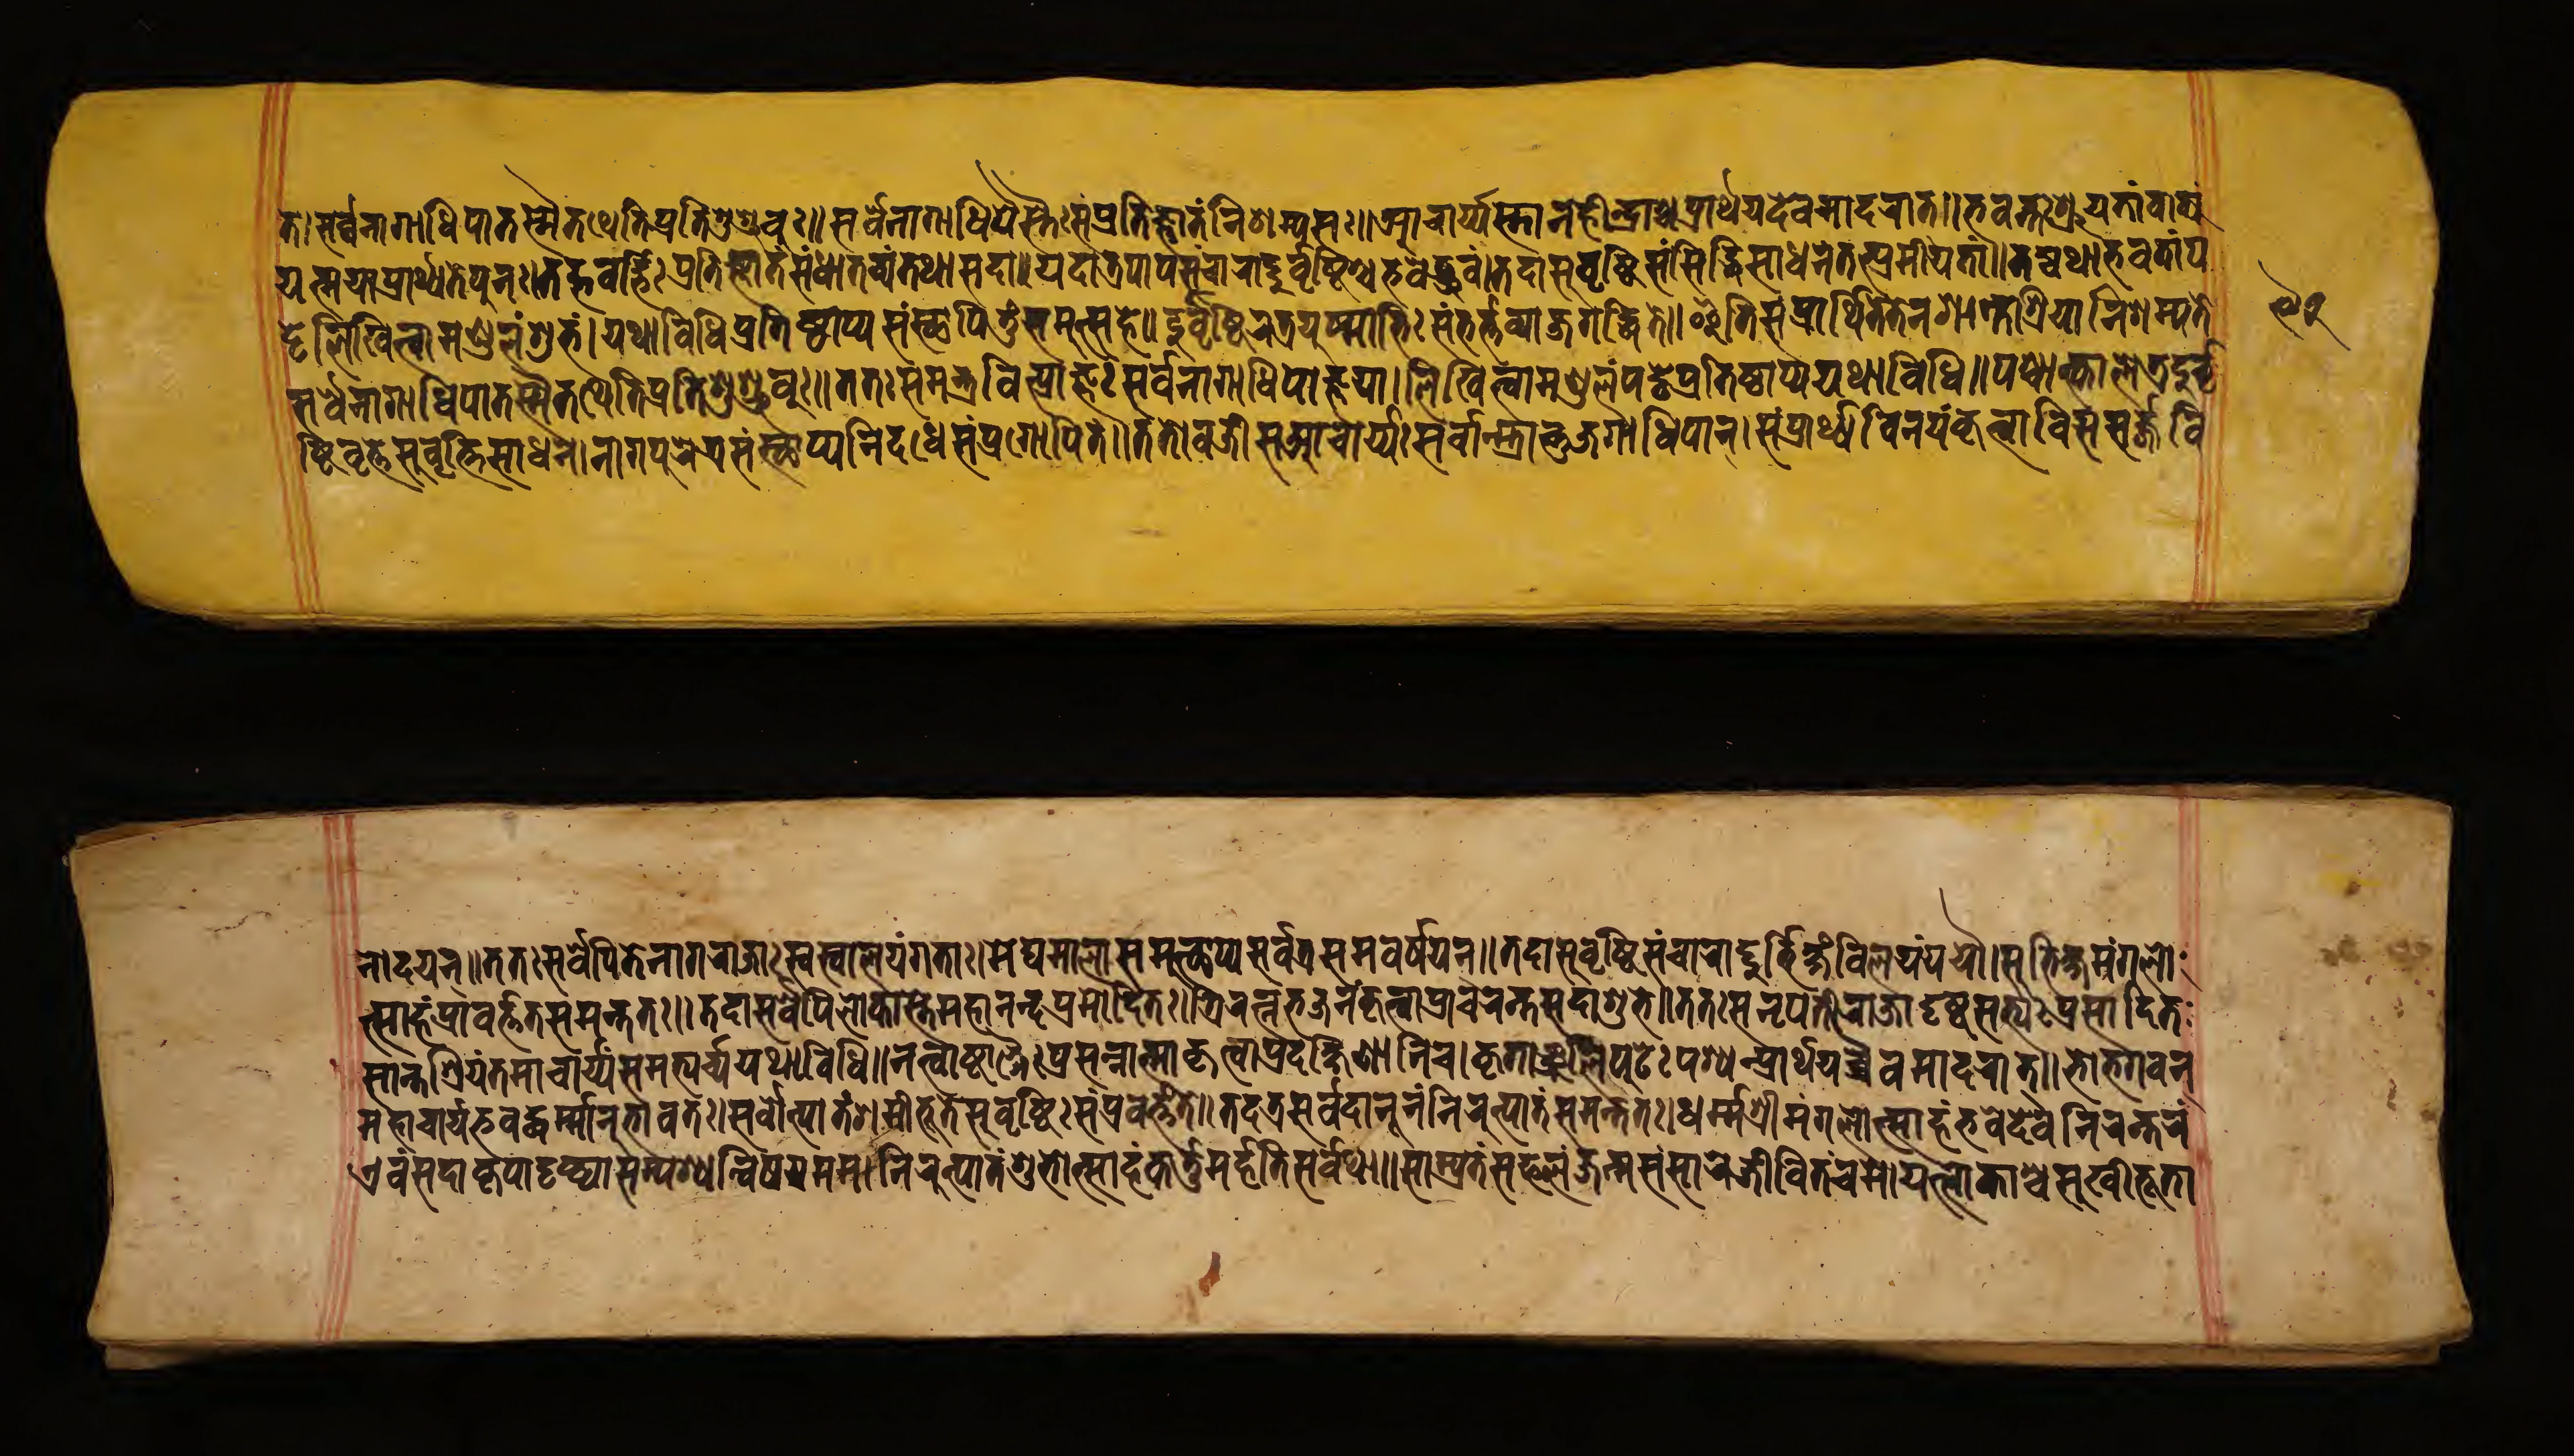
𑐟𑐾𑑋𑐳𑐬𑑂𑐰𑑂𑐰𑐣𑐵𑐐𑐵𑐢𑐶𑐥𑐵𑐟𑐳𑑂𑐩𑐿𑐟𑐠𑐾𑐟𑐶𑐥𑑂𑐬𑐟𑐶𑐱𑐸𑐱𑑂𑐬𑐸𑐰𑐸𑑅𑑌𑐳𑐬𑑂𑐰𑐾𑐣𑐵𑐐𑐵𑐢𑐶𑐥𑐿𑐳𑑂𑐟𑐿𑑅𑐳𑐩𑑂𑐥𑑂𑐬𑐟𑐶𑐖𑑂𑐘𑐵𑐟𑑄𑐣𑐶𑐱𑑂𑐩𑑂𑐫𑐳𑑅𑑋𑐁𑐔𑐵𑐬𑑂𑐫𑐳𑑂𑐟𑐵𑐣𑐴𑐷𑐣𑑂𑐡𑑂𑐬𑐵𑑄𑐱𑑂𑐔𑐥𑑂𑐬𑐵𑐬𑑂𑐠𑐫𑐾𑐡𑐾𑐰𑐩𑐵𑐡𑐬𑐵𑐟𑑂𑑌𑐨𑐰𑐣𑑂𑐟𑑅𑐱𑑂𑐬𑐹𑐫𑐟𑐵𑑄𑐰𑐵𑐎𑑂𑐫𑑄 𑐫𑐟𑑂𑐩𑐫𑐵𑐥𑑂𑐬𑐵𑐬𑑂𑐠𑑂𑐫𑐟𑐾𑐥𑐸𑐣𑑅𑑋𑐟𑐡𑑂𑐨𑐰𑐡𑑂𑐨𑐶𑑅𑐥𑑂𑐬𑐟𑐶𑐖𑑂𑐘𑐵𑐟𑑄𑐳𑑄𑐢𑐵𑐟𑐰𑑂𑐫𑑄𑐟𑐠𑐵𑐳𑐡𑐵𑑌𑐫𑐡𑐵𑐟𑑂𑐬𑐥𑐵𑐥𑐳𑑄𑐔𑐵𑐬𑐵𑐡𑑂𑐡𑐸𑐬𑑂𑐰𑐲𑑂𑐚𑐶𑐱𑑂𑐔𑐨𑐰𑐾𑐡𑑂𑐢𑑂𑐬𑐸𑐰𑑄𑑋𑐟𑐡𑐵𑐳𑐸𑐰𑐺𑐲𑑂𑐚𑐶𑐳𑑄𑐳𑐶𑐡𑑂𑐢𑐶𑐬𑑂𑐳𑐵𑐢𑐣𑑄𑐟𑐟𑑂𑐥𑑂𑐬𑐣𑐷𑐫𑐟𑐵𑑄𑑌𑐟𑐡𑑂𑐫𑐠𑐵𑐨𑐰𑐟𑐵𑑄𑐥 𑐳𑐬𑑂𑐰𑐣𑐵𑐐𑐵𑐢𑐶𑐥𑐵𑐳𑑂𑐟𑐳𑑂𑐩𑐿𑐟𑐠𑐾𑐟𑐶𑐥𑑂𑐬𑐟𑐶𑐱𑐸𑐱𑑂𑐬𑐸𑐰𑐸𑑅𑑌𑐟𑐟𑑅𑐳𑐩𑐣𑑂𑐟𑑂𑐬𑐰𑐶𑐟𑑂𑐥𑑂𑐬𑐵𑐖𑑂𑐘𑑅𑐳𑐬𑑂𑐰𑐣𑐵𑐐𑐵𑐢𑐶𑐥𑐵𑐖𑑂𑐘𑐫𑐵𑑋𑐮𑐶𑐏𑐶𑐟𑑂𑐰𑐵𑐩𑐞𑑂𑐜𑐮𑑄𑐥𑐚𑑂𑐚𑐾𑐥𑑂𑐬𑐟𑐶𑐲𑑂𑐛𑐵𑐥𑑂𑐫𑐫𑐠𑐵𑐰𑐶𑐢𑐶𑑌𑐥𑐱𑑂𑐔𑐵𑐟𑑂𑐎𑐵𑐮𑐾𑐟𑑂𑐬𑐡𑐸𑐬𑑂𑐰𑐺 𑐚𑑂𑐚𑐾𑐮𑐶𑐏𑐶𑐟𑑂𑐰𑐵𑐩𑐞𑑂𑐜𑐮𑑄𑐱𑐸𑐨𑑄𑑋𑐫𑐠𑐵𑐰𑐶𑐢𑐶𑐥𑑂𑐬𑐟𑐶𑐲𑑂𑐛𑐵𑐥𑑂𑐫𑐳𑑄𑐳𑑂𑐠𑐵𑐥𑐶𑐟𑐸𑑄𑐳𑐩𑐸𑐟𑑂𑐳𑐴𑐾𑑌𑐳𑐸𑐰𑐺𑐲𑑂𑐚𑐶𑐬𑐟𑑂𑐬𑐫𑐸𑐲𑑂𑐩𑐵𑐨𑐶𑑅𑐳𑑄𑐨𑐬𑑂𑐟𑑂𑐟𑐰𑑂𑐫𑐵𑐖𑐐𑐡𑑂𑐢𑐶𑐟𑐾𑑌𑐂𑐟𑐶𑐳𑑄𑐥𑑂𑐬𑐵𑐬𑑂𑐠𑐶𑐟𑐾𑐟𑐾𑐣𑐱𑐵𑐣𑑂𑐟𑐱𑑂𑐬𑐶𑐫𑐵𑐣𑐶𑐱𑐩𑑂𑐫𑐟𑐾 𑐲𑑂𑐚𑐶𑐰𑐺𑐟𑑂𑐟𑐾𑐳𑐸𑐰𑐺𑐲𑑂𑐚𑐶𑐳𑐵𑐢𑐣𑐾𑑋𑐣𑐵𑐐𑐥𑐸𑐬𑐾𑐟𑑂𑐬𑐳𑑄𑐳𑑂𑐠𑐵𑐥𑑂𑐫𑐣𑐶𑐬𑑂𑐡𑐐𑑂𑐢𑐳𑑄𑐥𑑂𑐬𑐐𑑀𑐥𑐶𑐟𑑄𑑌𑐟𑐟𑑀𑐰𑐖𑑂𑐬𑐷𑐳𑐁𑐔𑐵𑐬𑑂𑐫𑑅𑐳𑐬𑑂𑐰𑐵𑐣𑑂𑐳𑑂𑐟𑐵𑐣𑑂𑐨𑐸𑐖𑐐𑐵𑐢𑐶𑐥𑐵𑐣𑑂𑑋𑐳𑑄𑐥𑑂𑐬𑐵𑐬𑑂𑐠𑑂𑐫𑐰𑐶𑐣𑐫𑑄𑐎𑐺𑐟𑑂𑐰𑐵𑐰𑐶𑐳𑐳𑐬𑑂𑐖𑑂𑐖𑐰𑐶 𑐣𑑀𑐡𑐫𑐣𑑂𑑌𑐟𑐟𑑅𑐳𑐬𑑂𑐰𑐾𑐥𑐶𑐟𑐾𑐣𑐵𑐐𑐬𑐵𑐖𑐵𑑅𑐳𑑂𑐰𑐳𑑂𑐰𑐵𑐮𑐫𑑄𑐐𑐟𑐵𑑅𑑋𑐩𑐾𑐑𑐩𑐵𑐮𑐵𑑄𑐳𑐩𑐸𑐟𑑂𑐠𑐵𑐥𑑂𑐫𑐳𑐬𑑂𑐰𑐟𑑂𑐬𑐳𑐩𑐰𑐬𑑂𑐲𑐫𑐣𑑂𑑌𑐟𑐡𑐵𑐳𑐸𑐰𑐺𑐲𑑂𑐚𑐶𑐳𑑄𑐔𑐵𑐬𑐵𑐡𑑂𑐡𑐸𑐬𑑂𑐨𑐶𑐎𑑂𑐲𑑄𑐰𑐶𑐮𑐫𑑄𑐫𑐫𑑁𑑋𑐳𑐸𑐨𑐶𑐎𑑂𑐲𑐩𑑄𑐐𑐮𑑀 𑐟𑑂𑐳𑐵𑐴𑑄𑐥𑑂𑐬𑐵𑐰𑐬𑑂𑐟𑑂𑐟𑐟𑐳𑐩𑐣𑑂𑐟𑐟𑑅𑑌𑐟𑐡𑐵𑐳𑐬𑑂𑐰𑐾𑐥𑐶𑐮𑑀𑐎𑐵𑐳𑑂𑐟𑐾𑐩𑐴𑐵𑐣𑐣𑑂𑐡𑐥𑑂𑐬𑐩𑑀𑐡𑐶𑐟𑑅𑑋𑐟𑑂𑐬𑐶𑐬𑐟𑑂𑐣𑐨𑐖𑐣𑑄𑐎𑐺𑐟𑑂𑐰𑐵𑐥𑑂𑐬𑐵𑐔𑐬𑐣𑑂𑐟𑐳𑐡𑐵𑐱𑐸𑐨𑐾𑑌𑐟𑐟𑑅𑐳𑐣𑐺𑐥𑐟𑐶𑐬𑐵𑐖𑐵𑐡𑐺𑐲𑑂𑐚𑐳𑐟𑑂𑐫𑑅𑐥𑑂𑐬𑐳𑐵𑐡𑐶𑐟 𑐳𑐵𑐣𑑂𑐟𑐶𑐱𑑂𑐬𑐶𑐫𑑄𑐟𑐩𑐵𑐔𑐵𑐬𑑂𑐫𑑄𑐳𑐩𑐨𑑂𑐫𑐬𑑂𑐔𑑂𑐫𑐫𑐠𑐵𑐰𑐶𑐢𑐶𑑌𑐣𑐟𑑂𑐰𑐵𑐲𑑂𑐚𑐵𑐒𑑂𑐐𑐿𑑅𑐥𑑂𑐬𑐳𑐣𑑂𑐣𑐵𑐟𑑂𑐩𑐵𑐎𑐺𑐟𑑂𑐰𑐵𑐥𑑂𑐬𑐡𑐎𑑂𑐲𑐶𑐞𑐵𑐣𑐶𑐔𑑋𑐎𑐺𑐟𑐵𑐘𑑂𑐖𑐮𑐶𑐥𑐸𑐚𑑅𑐥𑐱𑑂𑐫𑐣𑑂𑐥𑑂𑐬𑐵𑐬𑑂𑐠𑐫𑐔𑑂𑐔𑐿𑐰𑐩𑐵𑐡𑐬𑐵𑐟𑑂𑑌𑐨𑑀𑐨𑐐𑐰𑐣𑑂 𑐩𑐴𑐵𑐔𑐵𑐬𑑂𑐫𑐨𑐰𑐡𑑂𑐢𑐬𑑂𑐩𑑂𑐩𑐵𑐣𑐸𑐨𑐵𑐰𑐟𑑅𑑋𑐳𑐬𑑂𑐰𑑀𑐟𑑂𑐥𑐵𑐟𑑄𑐱𑐩𑐷𑐨𑐹𑐟𑐳𑐸𑐰𑐺𑐲𑑂𑐚𑐶𑑅𑐳𑑄𑐥𑑂𑐬𑐰𑐬𑑂𑐟𑑂𑐟𑐟𑐾𑑌𑐟𑐡𑐟𑑂𑐬𑐳𑐬𑑂𑐰𑐡𑐵𑐣𑐹𑐣𑑄𑐣𑐶𑐬𑐸𑐟𑑂𑐥𑐵𑐟𑑄𑐳𑐩𑐣𑑂𑐟𑐟𑑅𑑋𑐢𑐬𑑂𑐩𑐱𑑂𑐬𑐷𑐩𑑄𑐐𑐮𑑀𑐟𑑂𑐳𑐵𑐴𑑄𑐨𑐰𑐡𑐾𑐰𑐣𑐶𑐬𑐣𑑂𑐟𑐬𑑄 𑐊𑐰𑑄𑐳𑐡𑐵𑐎𑐺𑐥𑐵𑐡𑐺𑐲𑑂𑐚𑐫𑐵𑐳𑑄𑐥𑐱𑑂𑐫𑐣𑑂𑐰𑐶𑐲𑐫𑐾𑐩𑐩𑑋𑐣𑐶𑐬𑐸𑐟𑑂𑐥𑐵𑐟𑑄𑐱𑐸𑐨𑑀𑐟𑑂𑐳𑐵𑐴𑑄𑐎𑐬𑑂𑐟𑐸𑐩𑐬𑑂𑐴𑐟𑐶𑐳𑐬𑑂𑐰𑐠𑐵𑑌𑐳𑐵𑐩𑑂𑐥𑑂𑐬𑐟𑑄𑐳𑐦𑐮𑑄𑐖𑐣𑑂𑐩𑐳𑑄𑐳𑐵𑐬𑐖𑐷𑐰𑐶𑐟𑑄𑐔𑐩𑐾𑑋𑐫𑐮𑑂𑐮𑑀𑐎𑐵𑐱𑑂𑐔𑐳𑐸𑐏𑐷𑐨𑐹𑐟𑐵 𑑙𑑒